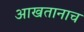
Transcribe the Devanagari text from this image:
आखतानाच